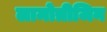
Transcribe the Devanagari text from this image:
लामोत्रीजिन